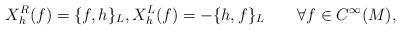
LaTeX: \begin{align*}X_h^R(f)=\{f,h\}_{L},X_h^L(f)=-\{h,f\}_{L}\qquad\forall f\in C^{\infty}(M),\end{align*}